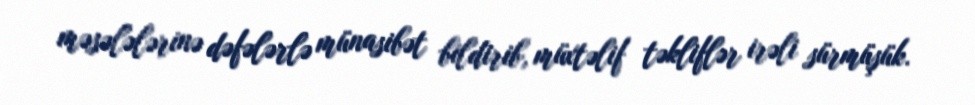
məsələlərinə dəfələrlə münasibət bildirib, müxtəlif təkliflər irəli sürmüşük.